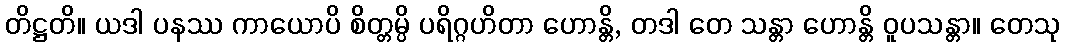
တိဋ္ဌတိ။ ယဒါ ပနဿ ကာယောပိ စိတ္တမ္ပိ ပရိဂ္ဂဟိတာ ဟောန္တိ, တဒါ တေ သန္တာ ဟောန္တိ ဝူပသန္တာ။ တေသု